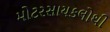
મોટરસાયકલોથી